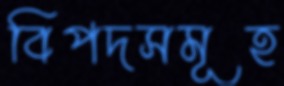
বিপদসমূহ